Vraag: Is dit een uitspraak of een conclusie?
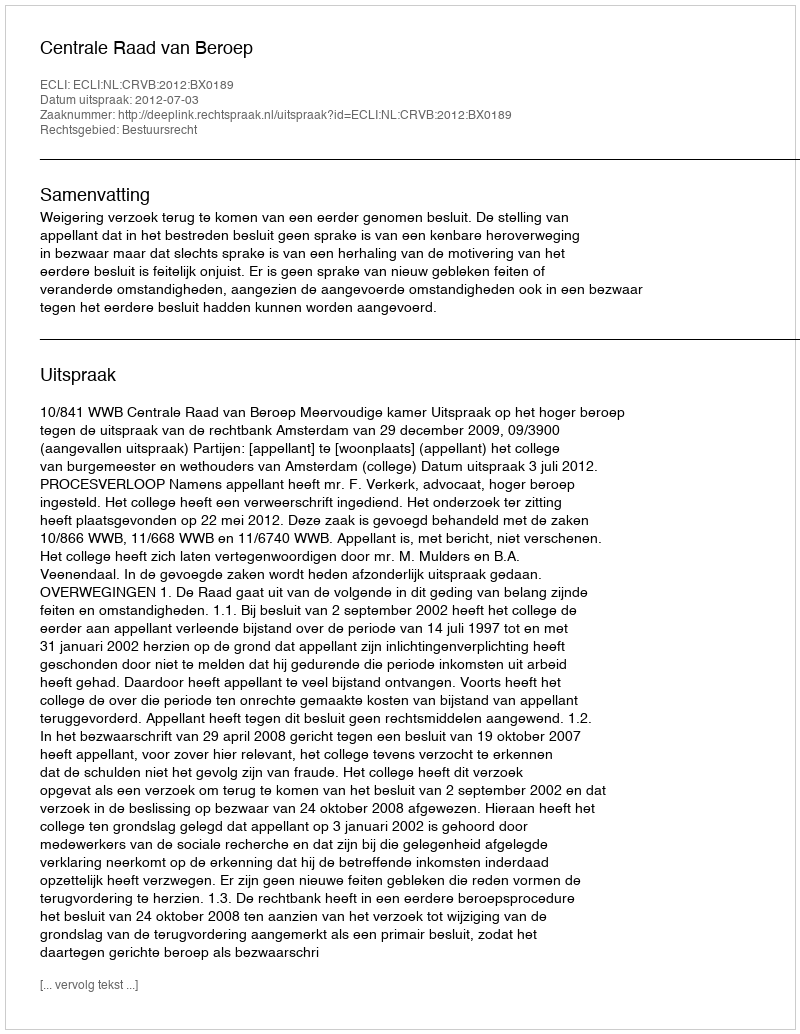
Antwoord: Uitspraak